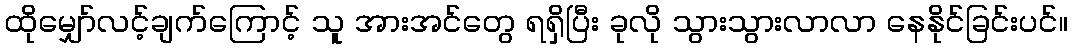
ထိုမျှော်လင့်ချက်ကြောင့် သူ အားအင်တွေ ရရှိပြီး ခုလို သွားသွားလာလာ နေနိုင်ခြင်းပင်။